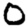
Digit: 0